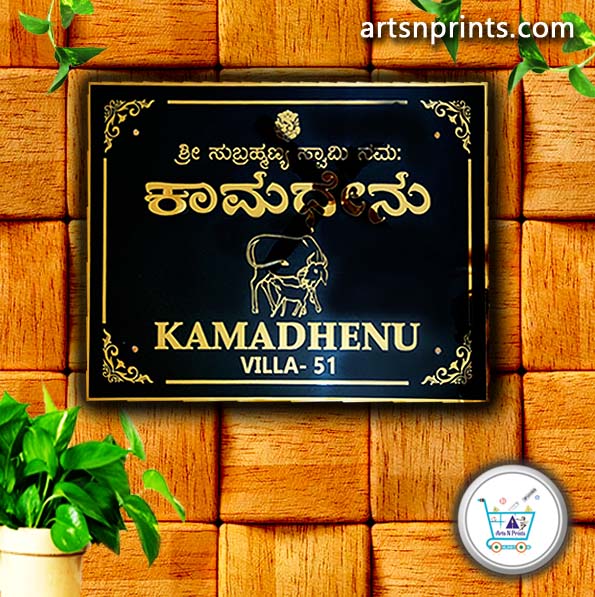
Language: kannada
Transcription: ಶ್ರೀ ಸುಬ್ರಹ್ಮಣ್ಯ ಸ್ವಾಮಿ ನಮ: